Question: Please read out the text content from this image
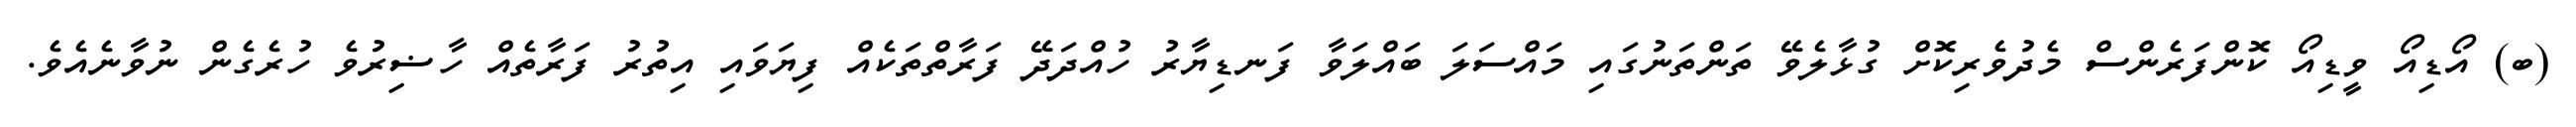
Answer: (ބ) އޯޑިއޯ ވީޑިއޯ ކޮންފަރެންސް މެދުވެރިކޮށް ގުޅާލެވޭ ތަންތަނުގައި މައްސަލަ ބައްލަވާ ފަނޑިޔާރު ހުއްދަދޭ ފަރާތްތަކެއް ފިޔަވައި އިތުރު ފަރާތެއް ހާޟިރުވެ ހުރެގެން ނުވާނެއެވެ.